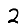
Digit: 2